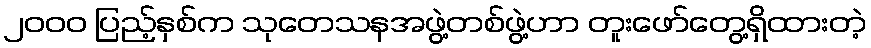
၂၀၀၀ ပြည့်နှစ်က သုတေသနအဖွဲ့တစ်ဖွဲ့ဟာ တူးဖော်တွေ့ရှိထားတဲ့